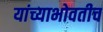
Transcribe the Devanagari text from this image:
यांच्याभोवतीच